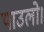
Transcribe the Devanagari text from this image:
पाउलो।